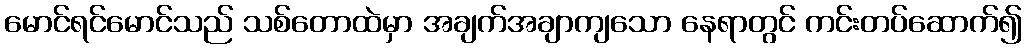
မောင်ရင်မောင်သည် သစ်တောထဲမှာ အချက်အချာကျသော နေရာတွင် ကင်းတပ်ဆောက်၍